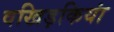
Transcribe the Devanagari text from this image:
वखिड़कियां